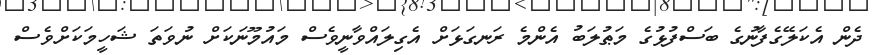
ދެން އެކަލޭގެފާނުގެ ބަސްފުޅުގެ މަޠުލަބު އެންމެ ރަނގަޅަށް އެގިލައްވާނީވެސް މައުމޫނަކަށް ނުވަތަ ޝަހީމަކަށްވެސް